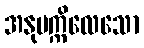
အနုပက္ကိလေသော